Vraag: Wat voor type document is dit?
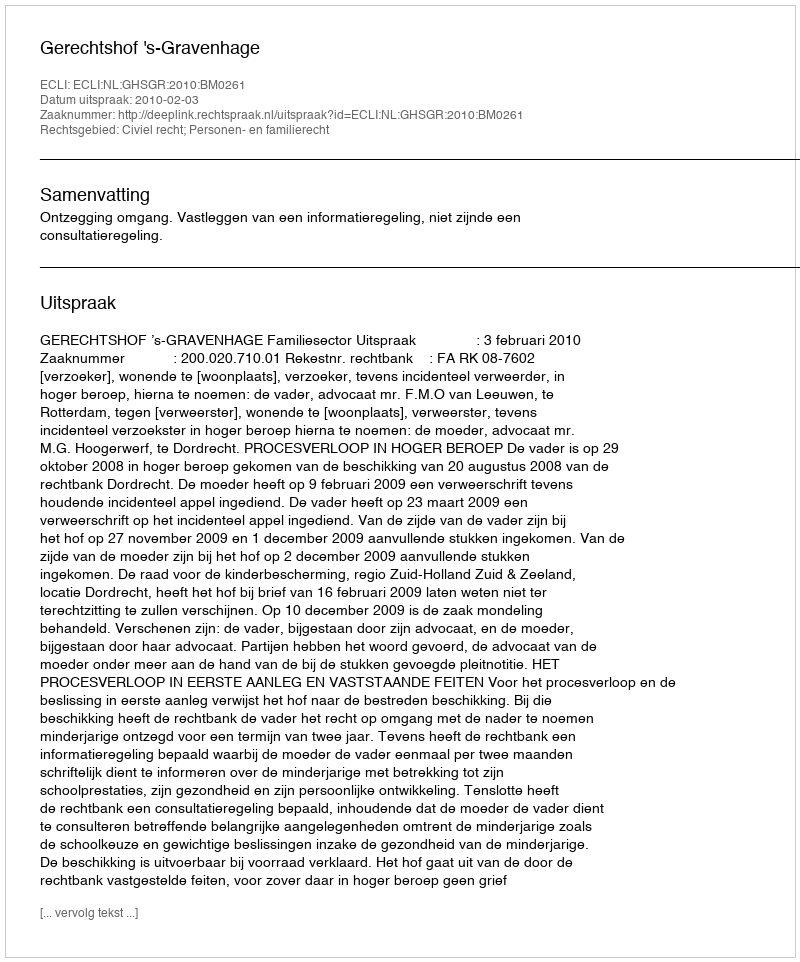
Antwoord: Uitspraak